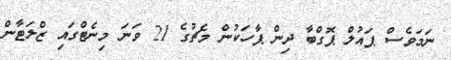
ނަމަވެސް ޕައުލް ޕޮގްބާ ދިން ޕާހަކުން މެޗުގެ 21 ވަނަ މިނެޓްގައި ޒްލަޓާން